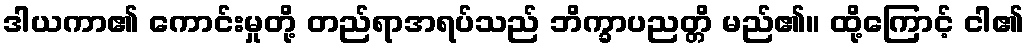
ဒါယကာ၏ ကောင်းမှုတို့ တည်ရာအရပ်သည် ဘိက္ခာပညတ္တိ မည်၏။ ထို့ကြောင့် ငါ၏